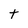
Character: t